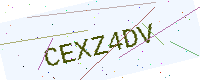
Text: CEXZ4DV